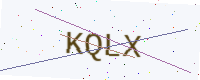
Text: KQLX